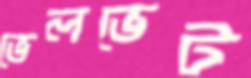
ভেলভেট